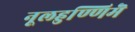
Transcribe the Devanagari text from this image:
नूलहुण्णिमॆ